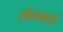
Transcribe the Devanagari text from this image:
सोनावारी